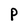
Character: P